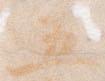
五